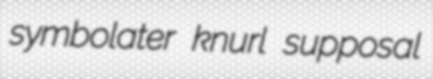
symbolater knurl supposal